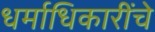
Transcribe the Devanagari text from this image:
धर्माधिकारींचे